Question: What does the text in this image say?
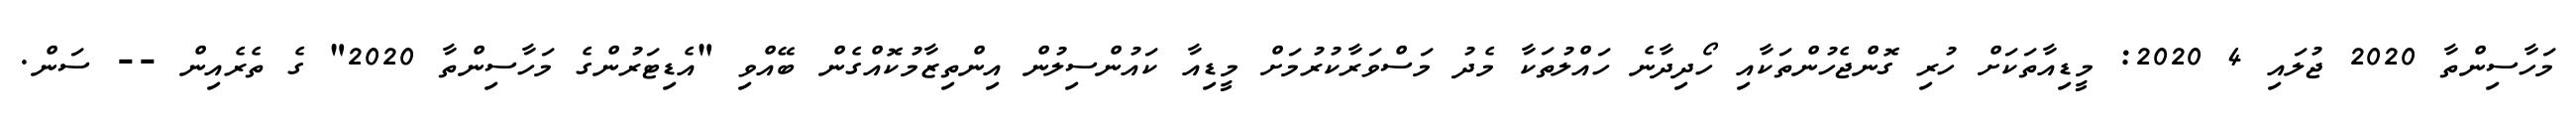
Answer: މަހާސިންތާ 2020 ޖުލައި 4 2020: މީޑިއާތަކަށް ހުރި ގޮންޖެހުންތަކާއި ހޯދިދާނެ ހައްލުތަކާ މެދު މަސްވަރާކުރުމަށް މީޑިއާ ކައުންސިލުން އިންތިޒާމުކޮއްގެން ބޭއްވި "އެޑިޓަރުންގެ މަހާސިންތާ 2020" ގެ ތެރެއިން -- ސަން.